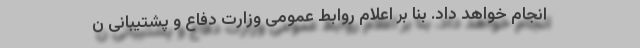
انجام خواهد داد. بنا بر اعلام روابط عمومی وزارت دفاع و پشتیبانی ن